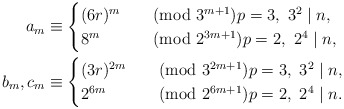
\begin{align*}a_m &\equiv\begin{cases} (6r)^m& \pmod{3^{m+1}} p = 3,~ 3^2 \mid n,\\8^m& \pmod{2^{3m+1}} p = 2,~ 2^4 \mid n,\end{cases} \\ b_m,c_m &\equiv \begin{cases} (3r)^{2m}&\pmod{3^{2m+1}} p = 3,~ 3^2 \mid n,\\2^{6m} &\pmod{2^{6m+1}}p = 2,~ 2^4 \mid n.\end{cases}\end{align*}